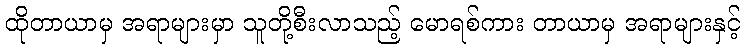
ထိုတာယာမှ အရာများမှာ သူတို့စီးလာသည့် မောရစ်ကား တာယာမှ အရာများနှင့်